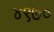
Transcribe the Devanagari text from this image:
४९७०